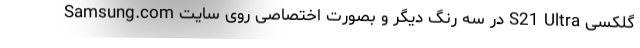
گلکسی S21 Ultra در سه رنگ دیگر و بصورت اختصاصی روی سایت Samsung.com